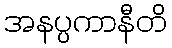
အနပ္ပကာနီတိ